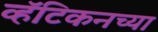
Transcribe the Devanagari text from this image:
व्हॅटिकनच्या